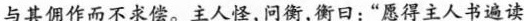
\underline{与其佣作而不求偿。}主人怪，问衡，衡日：”愿得主人书遍读